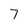
Character: 7